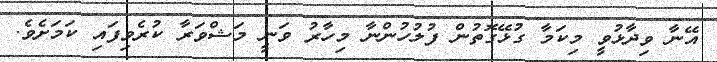
އޭނާ ވިދާޅުވީ މިކަމާ ގުޅޭގޮތުން ފުލުހުންނާ މިހާރު ވަނީ މަޝްވަރާ ކުރެވިފައި ކަމަށެވެ.